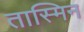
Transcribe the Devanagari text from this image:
तास्मिन